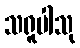
သရူပါသု